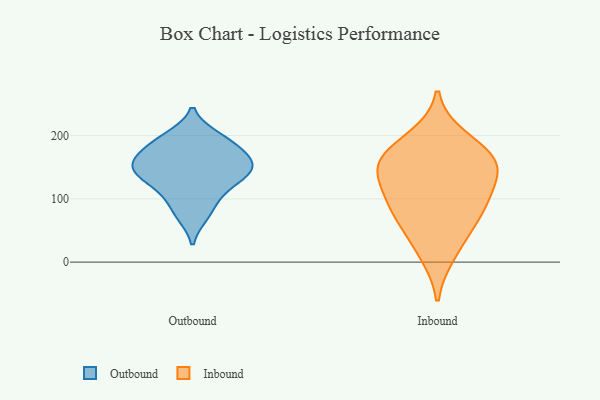
{"axis": {"x": "Website Visitors", "y": "Value"}, "legend": ["Inbound", "Outbound"], "data": [{"x": "", "y": 102, "type": "Outbound"}, {"x": "", "y": 74, "type": "Outbound"}, {"x": "", "y": 154, "type": "Outbound"}, {"x": "", "y": 174, "type": "Outbound"}, {"x": "", "y": 133, "type": "Outbound"}, {"x": "", "y": 189, "type": "Outbound"}, {"x": "", "y": 128, "type": "Outbound"}, {"x": "", "y": 198, "type": "Outbound"}, {"x": "", "y": 153, "type": "Outbound"}, {"x": "", "y": 153, "type": "Outbound"}, {"x": "", "y": 49, "type": "Inbound"}, {"x": "", "y": 155, "type": "Inbound"}, {"x": "", "y": 166, "type": "Inbound"}, {"x": "", "y": 196, "type": "Inbound"}, {"x": "", "y": 167, "type": "Inbound"}, {"x": "", "y": 137, "type": "Inbound"}, {"x": "", "y": 13, "type": "Inbound"}, {"x": "", "y": 91, "type": "Inbound"}, {"x": "", "y": 96, "type": "Inbound"}, {"x": "", "y": 140, "type": "Inbound"}, {"x": "", "y": 80, "type": "Inbound"}]}